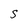
Character: S